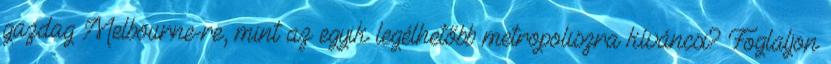
gazdag Melbourne-re, mint az egyik legélhetőbb metropoliszra kíváncsi? Foglaljon